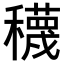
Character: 𥣫